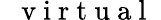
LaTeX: \mathrm{~\mathit~{~v~i~r~t~u~a~l~}~}